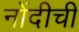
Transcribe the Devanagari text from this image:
नोंदीची